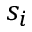
s _ { i }